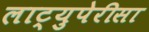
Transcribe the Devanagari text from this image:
लाट्युपेरीसा